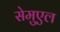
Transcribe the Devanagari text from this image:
सेमुएल